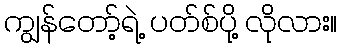
ကျွန်တော့်ရဲ့ ပတ်စ်ပို့ လိုလား။